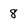
Character: 8